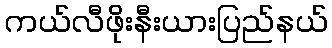
ကယ်လီဖိုးနီးယားပြည်နယ်